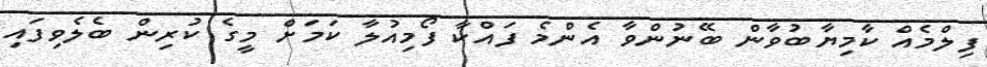
ފިލްމެއް ކާމިޔާބުވާން ބޭނުންވާ އެންމެ ފައްކާ ފޯމިއުލާ ކަމަށް މީގެ ކުރިން ބެލެވިފައި